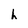
Character: h